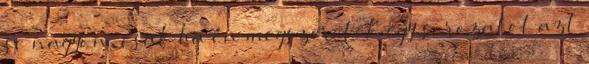
se nagyon, csak ha én megszeretek egy sorozatot azt